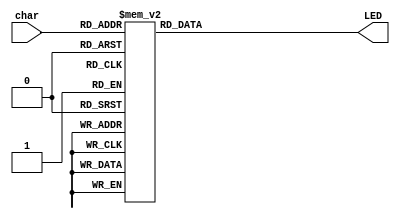
// Bouletsis Alexis
// Tsamouridis Anastasios Athanasios

`timescale 1ns / 1ps

// 4 to 7 decoder used to represent the input in a 7 segment LED display
module LEDdecoder(char, LED);
input [3:0] char; // input 4-bit coded character
output [6:0] LED; // output 7-bit (a, b, c, d, e, f, g) signal

reg [6:0] LED;

always@(char)
begin
	case(char)
		4'b0000:LED = 7'b000_000_1;	// 0
		4'b0001:LED = 7'b100_111_1;	// 1
		4'b0010:LED = 7'b001_001_0;	// 2
		4'b0011:LED = 7'b000_011_0;	// 3
		4'b0100:LED = 7'b100_110_0;	// 4
		4'b0101:LED = 7'b010_010_0;	// 5
		4'b0110:LED = 7'b010_000_0;	// 6
		4'b0111:LED = 7'b000_111_1;	// 7
		4'b1000:LED = 7'b000_000_0;	// 8
		4'b1001:LED = 7'b000_010_0;	// 9
		4'b1010:LED = 7'b111_111_0;	// -
		4'b1011:LED = 7'b011_100_0;	// F
		4'b1100:LED = 7'b111_111_1;	// [space]
		default:LED = 7'b111_111_1; // default -> [space]
	endcase
end
endmodule